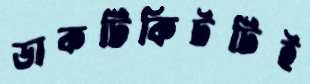
ডাকটিকিটটিই